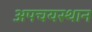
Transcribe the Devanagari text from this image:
अपचयस्थान